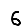
Digit: 6